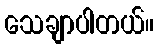
သေချာပါတယ်။